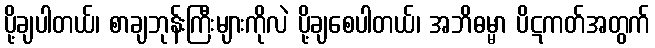
ပို့ချပါတယ်၊ စာချဘုန်းကြီးများကိုလဲ ပို့ချစေပါတယ်၊ အဘိဓမ္မာ ပိဋကတ်အတွက်